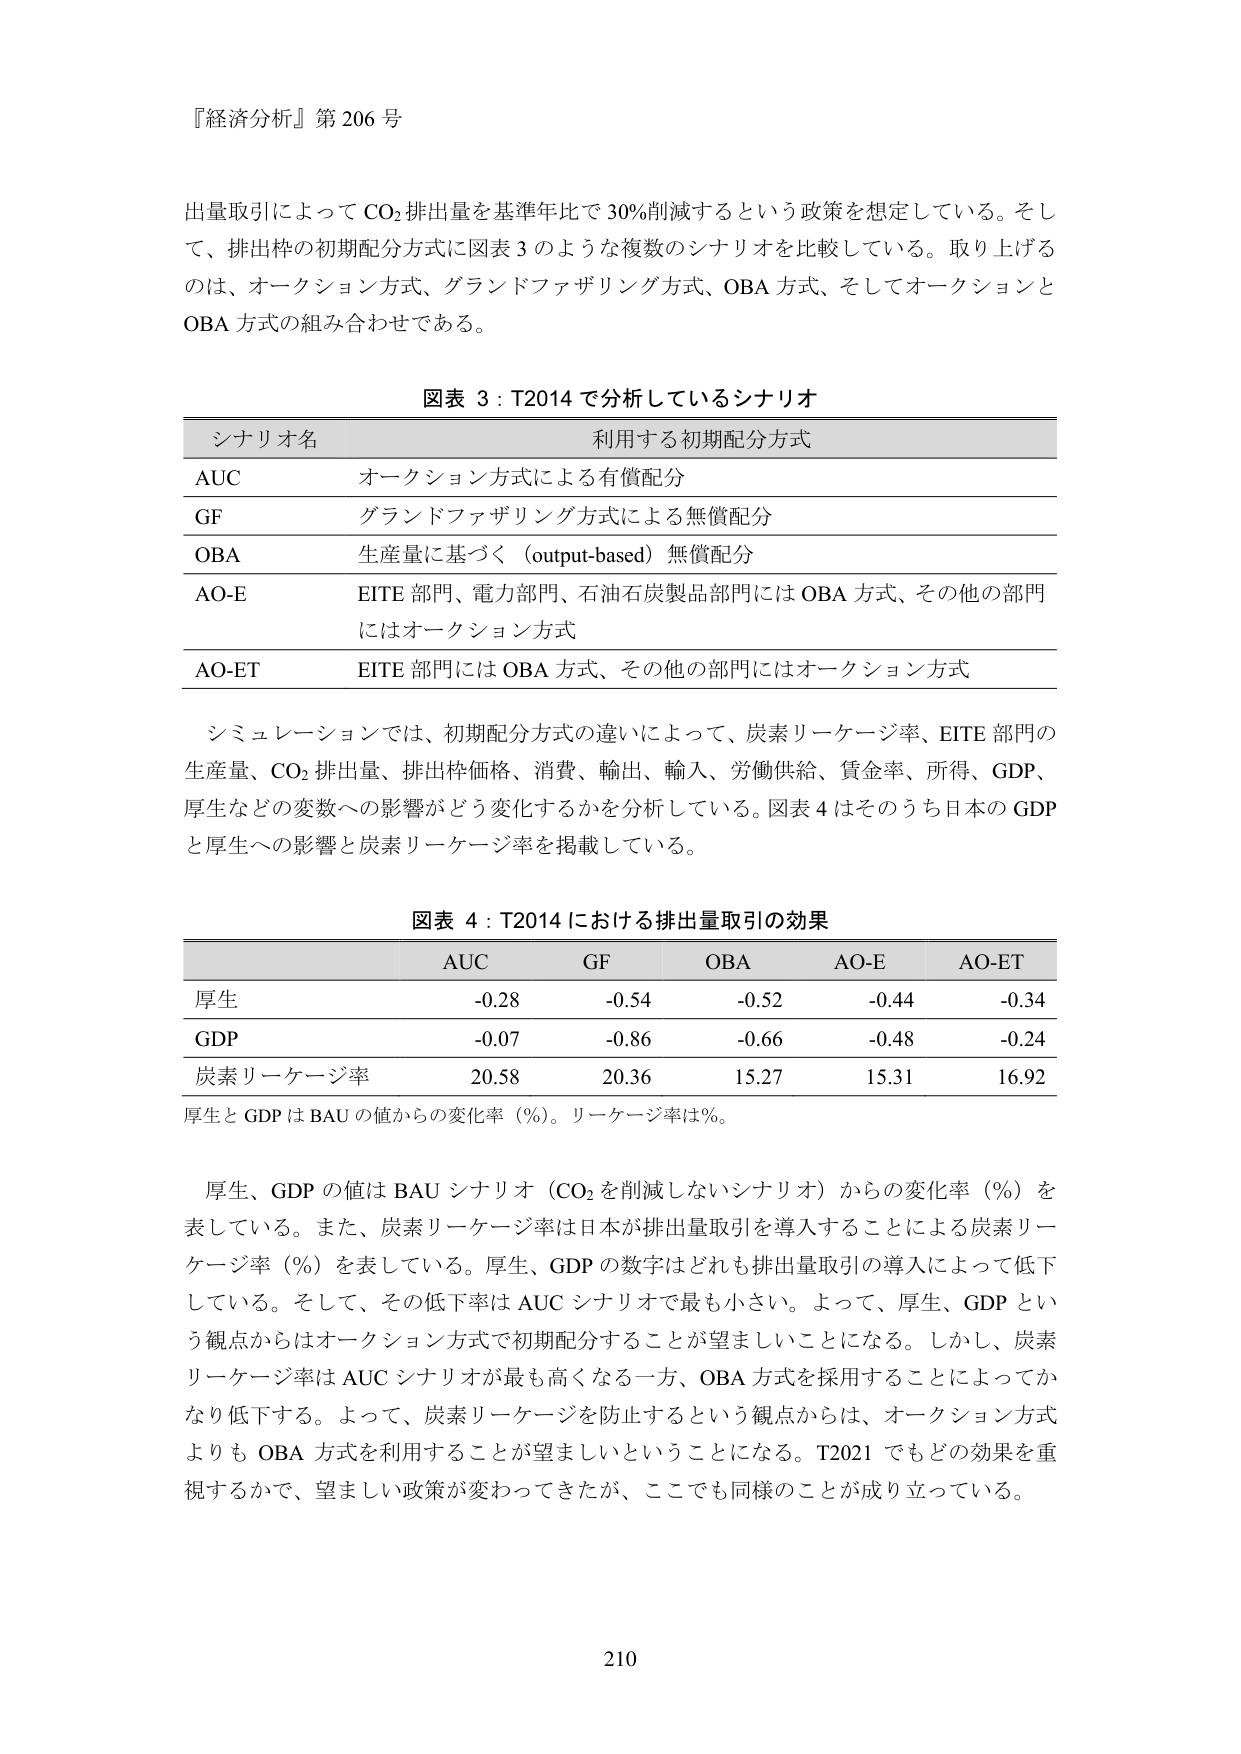
『経済分析』第 206 号

出量取引によって CO₂ 排出量を基準年比で 30% 削減するという政策を想定している。そして、排出枠の初期配分方式に図表 3 のような複数のシナリオを比較している。取り上げるのは、オークション方式、グランドファザリング方式、OBA 方式、そしてオークションと OBA 方式の組み合わせである。

図表 3：T2014 で分析しているシナリオ

| シナリオ名 | 利用する初期配分方式 |
|------------|----------------------|
| AUC        | オークション方式による有償配分 |
| GF         | グランドファザリング方式による無償配分 |
| OBA        | 生産量に基づく（output-based）無償配分 |
| AO-E       | EITE 部門、電力部門、石油石炭製品部門には OBA 方式、その他の部門にはオークション方式 |
| AO-ET      | EITE 部門には OBA 方式、その他の部門にはオークション方式 |

シミュレーションでは、初期配分方式の違いによって、炭素リーケージ率、EITE 部門の生産量、CO₂ 排出量、排出枠価格、消費、輸出、輸入、労働供給、賃金率、所得、GDP、厚生などの変数への影響がどう変化するかを分析している。図表 4 はそのうち日本の GDP と厚生への影響と炭素リーケージ率を掲載している。

図表 4：T2014 における排出量取引の効果

|          | AUC   | GF    | OBA   | AO-E  | AO-ET |
|----------|-------|-------|-------|-------|-------|
| 厚生     | -0.28 | -0.54 | -0.52 | -0.44 | -0.34 |
| GDP      | -0.07 | -0.86 | -0.66 | -0.48 | -0.24 |
| 炭素リーケージ率 | 20.58 | 20.36 | 15.27 | 15.31 | 16.92 |

厚生と GDP は BAU の値からの変化率（%）。リーケージ率は%。

厚生、GDP の値は BAU シナリオ（CO₂ を削減しないシナリオ）からの変化率（%）を表している。また、炭素リーケージ率は日本が排出量取引を導入することによる炭素リーケージ率（%）を表している。厚生、GDP の数字はどれも排出量取引の導入によって低下している。そして、その低下率は AUC シナリオで最も小さい。よって、厚生、GDP という観点からはオークション方式で初期配分することが望ましいことになる。しかし、炭素リーケージ率は AUC シナリオが最も高くなる一方、OBA 方式を採用することによってかなり低下する。よって、炭素リーケージを防止するという観点からは、オークション方式よりも OBA 方式を利用することが望ましいということになる。T2021 でもどの効果を重視するかで、望ましい政策が変わってきたが、ここでも同様のことが成り立っている。

210